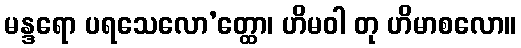
မန္ဒရော ပရသေလော’တ္ထော၊ ဟိမဝါ တု ဟိမာစလော။